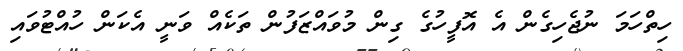
ހިތްހަމަ ނުޖެހިގެން އެ އޮފީހުގެ ގިން މުވައްޒަފުން ތަކެއް ވަނީ އެކަން ހުއްޓުވައި